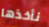
نأخذها